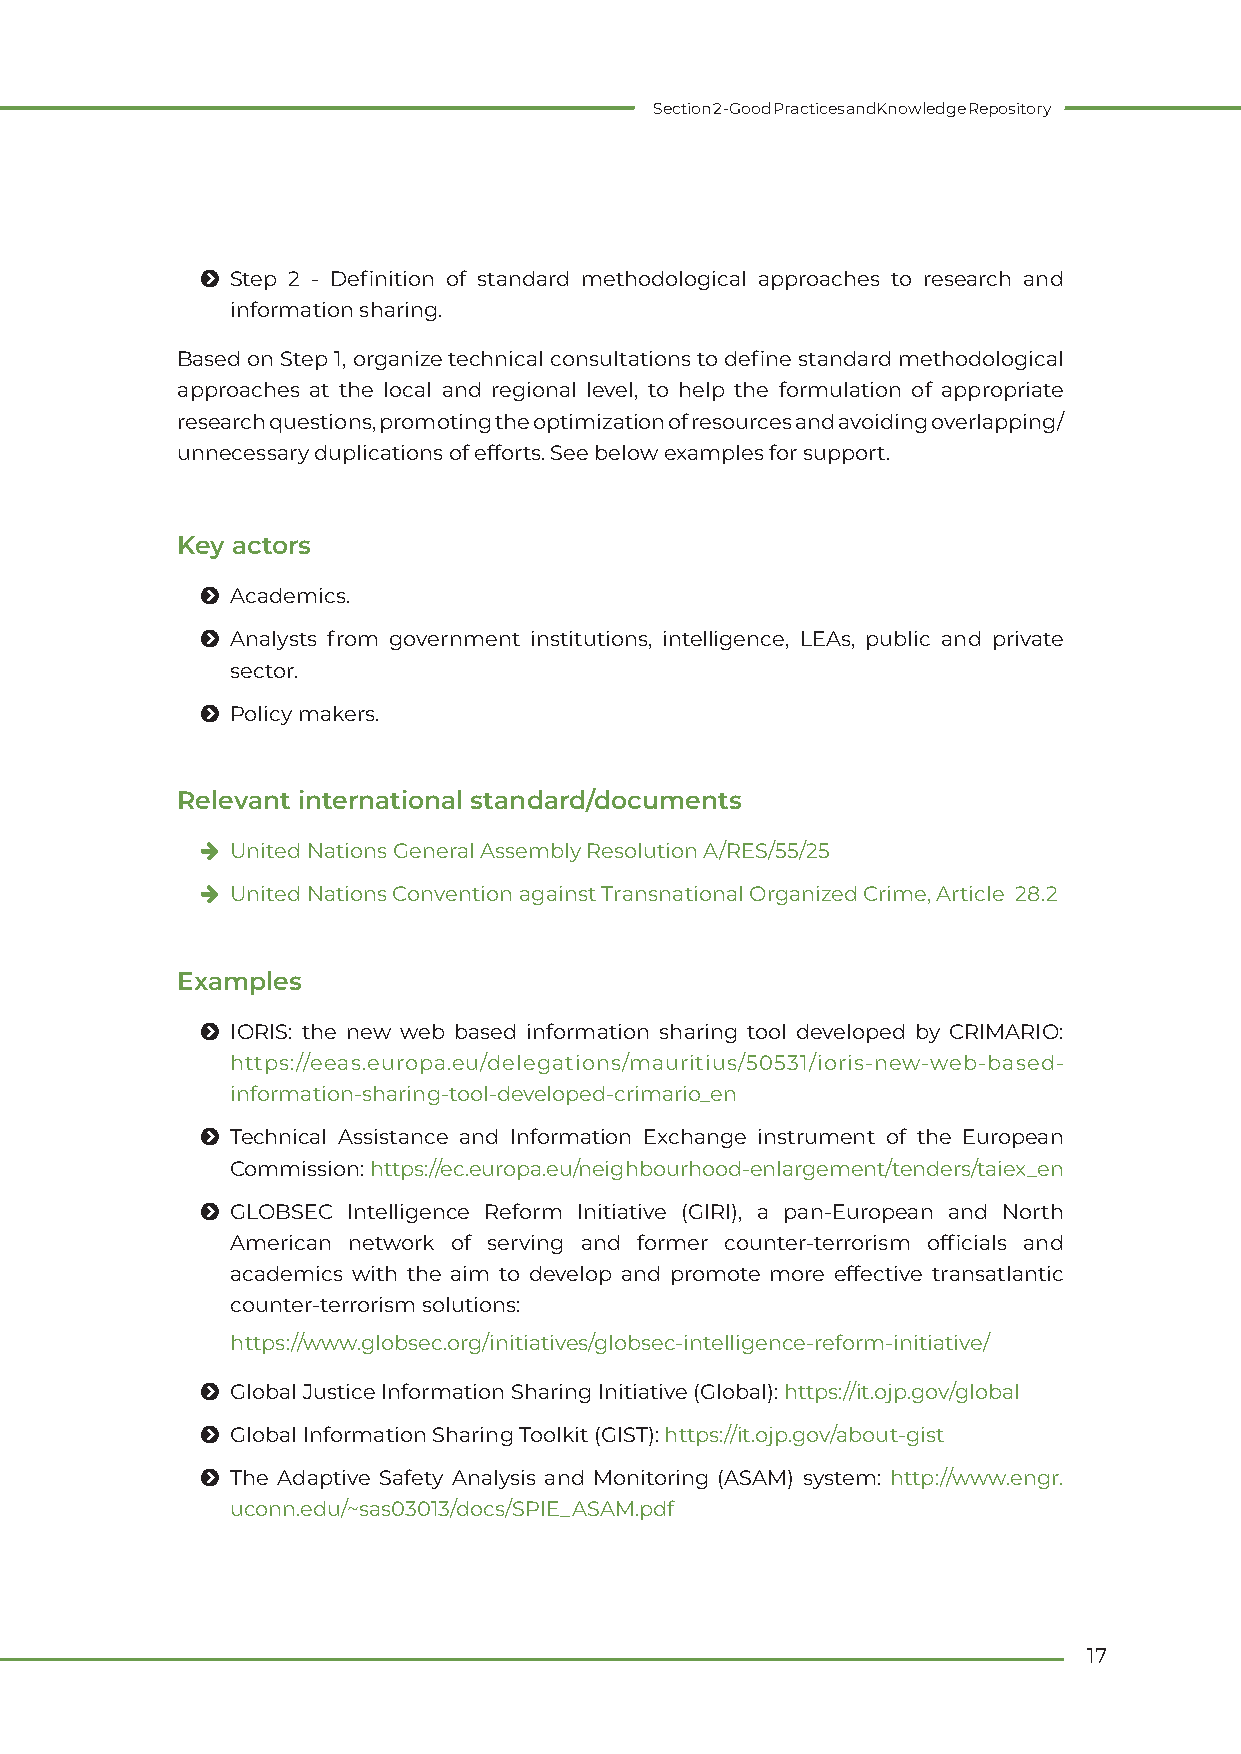
Section 2 - Good Practices and Knowledge Repository
 Ħ Step 2 - Definition of standard methodological approaches to research and
 information sharing.
 Based on Step 1, organize technical consultations to define standard methodological
 approaches at the local and regional level, to help the formulation of appropriate
 research questions, promoting the optimization of resources and avoiding overlapping/
 unnecessary duplications of efforts. See below examples for support.
 Key actors
 Ħ Academics.
 Ħ Analysts from government institutions, intelligence, LEAs, public and private
 sector.
 Ħ Policy makers.
 Relevant international standard/documents
 h United Nations General Assembly Resolution A/RES/55/25
 h United Nations Convention against Transnational Organized Crime, Article 28.2
 Examples
 Ħ IORIS: the new web based information sharing tool developed by CRIMARIO:
 https://eeas.europa.eu/delegations/mauritius/50531/ioris-new-web-based-
 information-sharing-tool-developed-crimario_en
 Ħ Technical Assistance and Information Exchange instrument of the European
 Commission: https://ec.europa.eu/neighbourhood-enlargement/tenders/taiex_en
 Ħ GLOBSEC Intelligence Reform Initiative (GIRI), a pan-European and North
 American network of serving and former counter-terrorism officials and
 academics with the aim to develop and promote more effective transatlantic
 counter-terrorism solutions:
 https://www.globsec.org/initiatives/globsec-intelligence-reform-initiative/
 Ħ Global Justice Information Sharing Initiative (Global): https://it.ojp.gov/global
 Ħ Global Information Sharing Toolkit (GIST): https://it.ojp.gov/about-gist
 Ħ The Adaptive Safety Analysis and Monitoring (ASAM) system: http://www.engr.
 uconn.edu/~sas03013/docs/SPIE_ASAM.pdf
 17